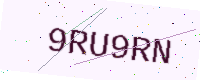
Text: 9RU9RN